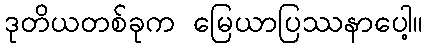
ဒုတိယတစ်ခုက မြေယာပြဿနာပေါ့။